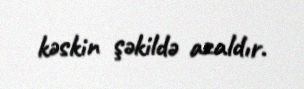
kəskin şəkildə azaldır.